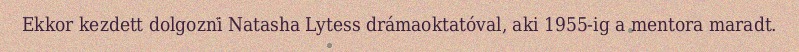
Ekkor kezdett dolgozni Natasha Lytess drámaoktatóval, aki 1955-ig a mentora maradt.